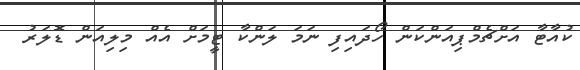
ކުއާޓާ އަށްޗެމްޕިއަންކަން ހޯދައިފި ނަމަ ލަންކާ ޓީމަށް އެއް މިލިއަން ޑޮލަރު